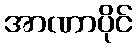
အာဏာပိုင်